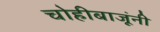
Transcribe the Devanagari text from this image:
चोहीबाजूंनी